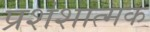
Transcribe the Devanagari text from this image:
प्रशंशात्मक